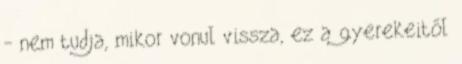
- nem tudja, mikor vonul vissza, ez a gyerekeitől